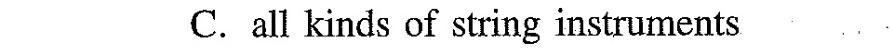
C.all kinds of string instruments